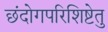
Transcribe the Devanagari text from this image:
छंदोगपरिशिष्टेतु